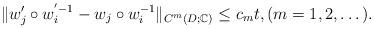
LaTeX: \begin{align*}\|w'_j\circ w_{i}^{'-1}-w_j\circ w_{i}^{-1}\|_{C^{m}(D;\mathbb{C})}\le c_m t, (m=1,2,\dots).\end{align*}